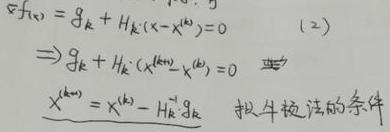
\[
\begin{align*}
\nabla f(x) &= g_k + H_k(x - x^{(k)}) = 0 \quad (2)\\
\Rightarrow g_k + H_k(x^{(k+1)} - x^{(k)}) &= 0\\
x^{(k+1)} &= x^{(k)} - H_k^{-1}g_k \quad \text{拟牛顿法的条件}
\end{align*}
\]